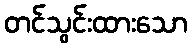
တင်သွင်းထားသော